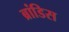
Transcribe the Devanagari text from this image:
ब्रांडिस